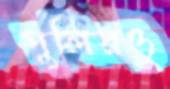
পুলিরও